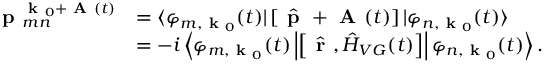
\begin{array} { r l } { \textbf { p } _ { m n } ^ { \textbf { k } _ { 0 } + \textbf { A } ( t ) } } & { = \langle \varphi _ { m , \textbf { k } _ { 0 } } ( t ) | \left[ \hat { \textbf { p } } + \textbf { A } ( t ) \right] | \varphi _ { n , \textbf { k } _ { 0 } } ( t ) \rangle } \\ & { = - i \left\langle \varphi _ { m , \textbf { k } _ { 0 } } ( t ) \left| \left[ \hat { \textbf { r } } , \hat { H } _ { V G } ( t ) \right] \right| \varphi _ { n , \textbf { k } _ { 0 } } ( t ) \right\rangle . } \end{array}